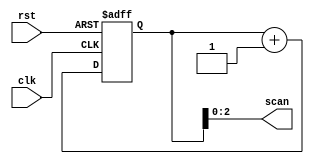
`timescale 1ns / 1ps
//////////////////////////////////////////////////////////////////////////////////
// Company: 
// Engineer: 
// 
// Design Name: 
// Module Name: clkdiv
// Project Name: 
// Target Devices: 
// Tool Versions: 
// Description: 
// 
// Dependencies: 
// 
// Revision:
// Revision 0.01 - File Created
// Additional Comments:
// 
//////////////////////////////////////////////////////////////////////////////////


module clkdiv(
        input wire clk,
        input wire rst,
        output wire [2:0] scan
    );

    reg [31:0] clk_div;
    initial begin
        clk_div <= 32'h0000_0000;
    end

    always @ (posedge clk or posedge rst) begin
        if (rst) clk_div <= 0;
        else clk_div <= clk_div + 1'b1;
    end

    assign scan = clk_div[2:0];
endmodule